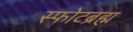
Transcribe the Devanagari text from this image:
स्फोटब्रह्म